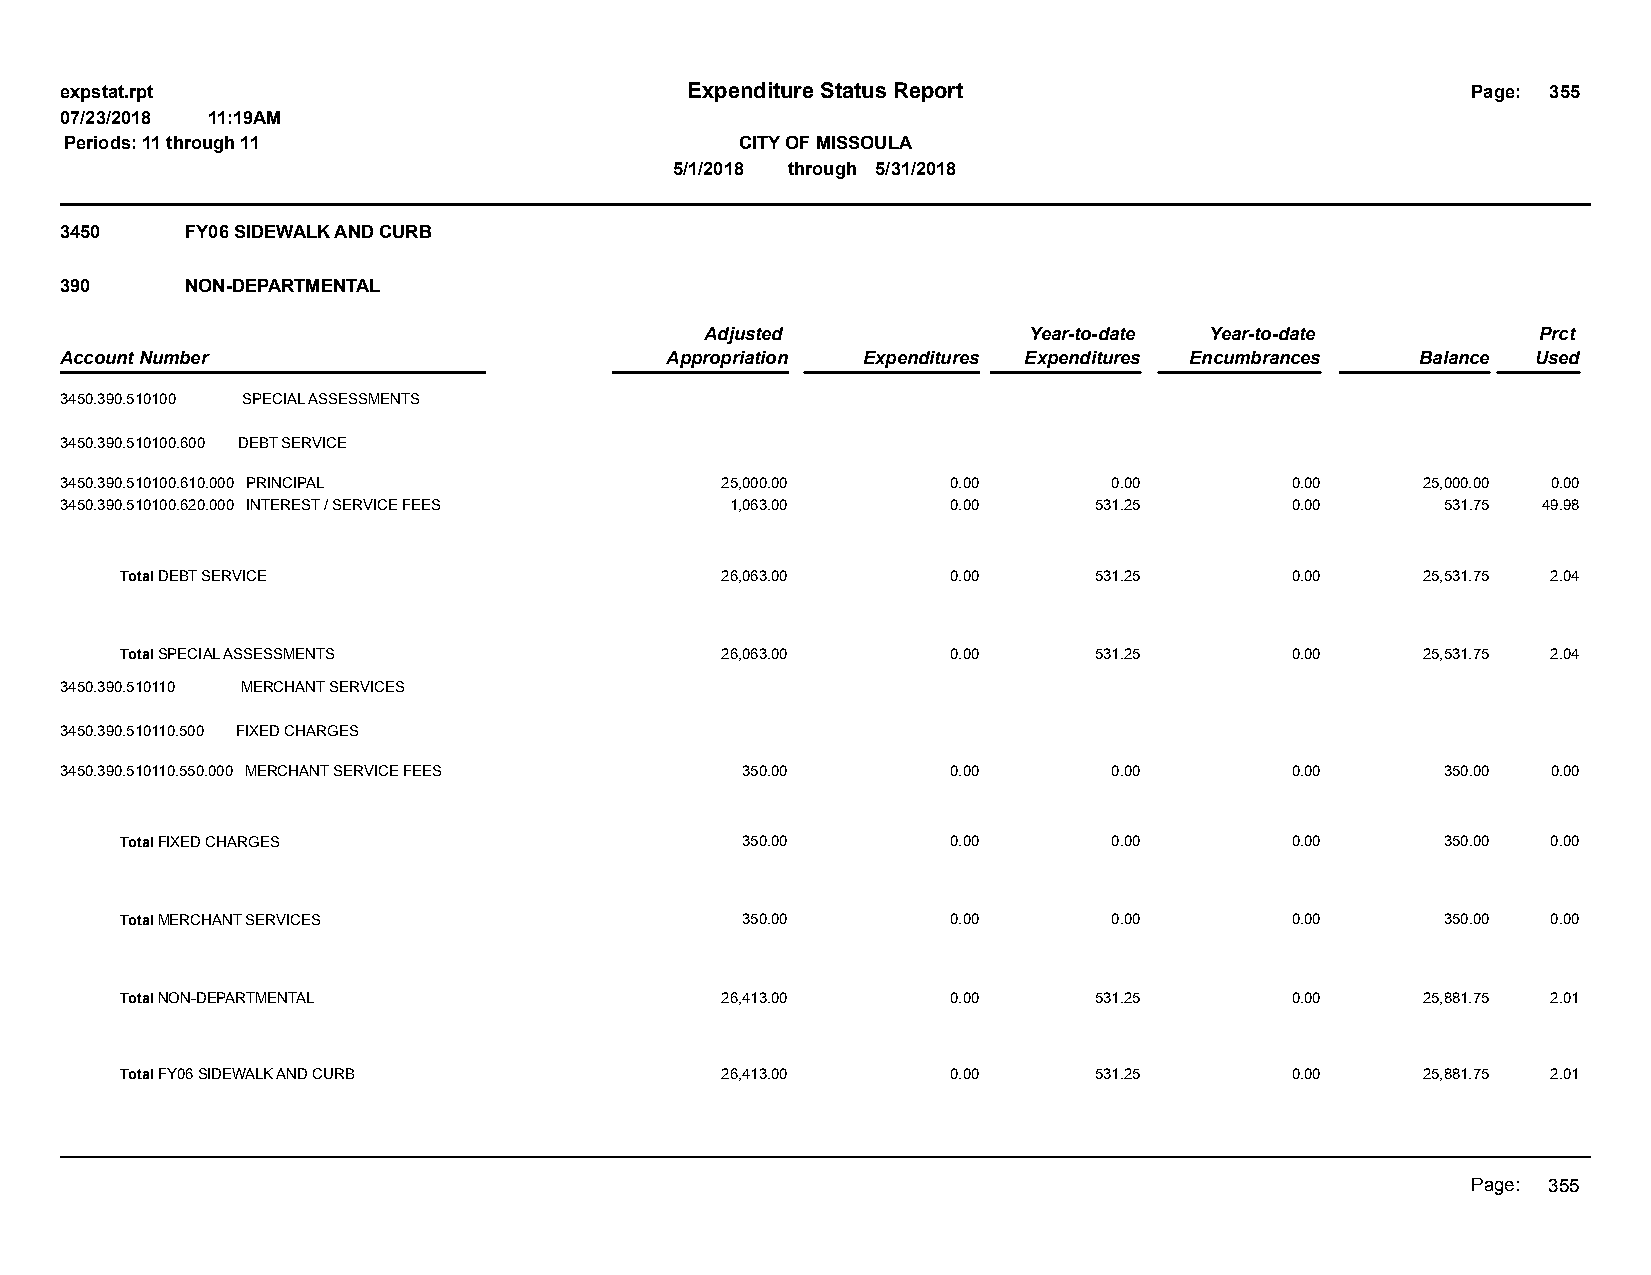
expstat.rpt                              Expenditure Status Report                           Page: 355
 07/23/2018 11:19AM
 Periods: 11 through 11                       CITY OF MISSOULA
 5/1/2018 through 5/31/2018
 3450    FY06 SIDEWALK AND CURB
 390     NON-DEPARTMENTAL
 Adjusted             Year-to-date Year-to-date         Prct
 Account Number                          Appropriation Expenditures Expenditures Encumbrances Balance Used
 3450.390.510100 SPECIAL ASSESSMENTS
 3450.390.510100.600 DEBT SERVICE
 3450.390.510100.610.000 PRINCIPAL           25,000.00      0.00       0.00       0.00     25,000.00 0.00
 3450.390.510100.620.000 INTEREST / SERVICE FEES 1,063.00   0.00     531.25       0.00       531.75 49.98
 Total DEBT SERVICE                      26,063.00      0.00     531.25       0.00     25,531.75 2.04
 Total SPECIAL ASSESSMENTS               26,063.00      0.00     531.25       0.00     25,531.75 2.04
 3450.390.510110 MERCHANT SERVICES
 3450.390.510110.500 FIXED CHARGES
 3450.390.510110.550.000 MERCHANT SERVICE FEES 350.00       0.00       0.00       0.00       350.00 0.00
 Total FIXED CHARGES                      350.00        0.00       0.00       0.00       350.00 0.00
 Total MERCHANT SERVICES                  350.00        0.00       0.00       0.00       350.00 0.00
 Total NON-DEPARTMENTAL                  26,413.00      0.00     531.25       0.00     25,881.75 2.01
 Total FY06 SIDEWALK AND CURB            26,413.00      0.00     531.25       0.00     25,881.75 2.01
 Page: 355